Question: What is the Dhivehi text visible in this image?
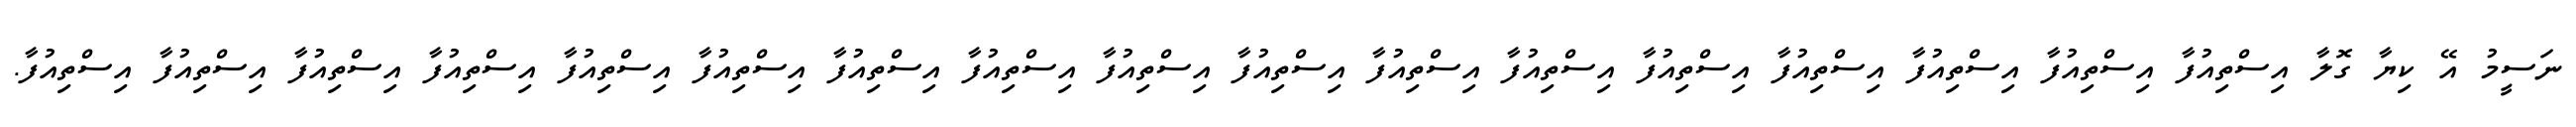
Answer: ނަސީމު އޭ ކިޔާ ގޮލާ އިސްތިއުފާ އިސްތިއުފާ އިސްތިއުފާ އިސްތިއުފާ އިސްތިއުފާ އިސްތިއުފާ އިސްތިއުފާ އިސްތިއުފާ އިސްތިއުފާ އިސްތިއުފާ އިސްތިއުފާ އިސްތިއުފާ އިސްތިއުފާ އިސްތިއުފާ އިސްތިއުފާ އިސްތިއުފާ އިސްތިއުފާ.